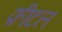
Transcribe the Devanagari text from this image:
फ़ीटल